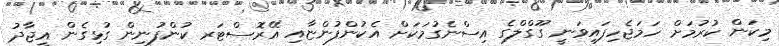
މިކަން ކުރުމަށް ހަމަޖެހިފައިވަނީ ގޫގްލްގެ އިސްނެގުމަކަށް އެކުންފުންޏާއި އޭރޮސްޓަރ ކުންފުނިން ގުޅިގެން އީޖާދު